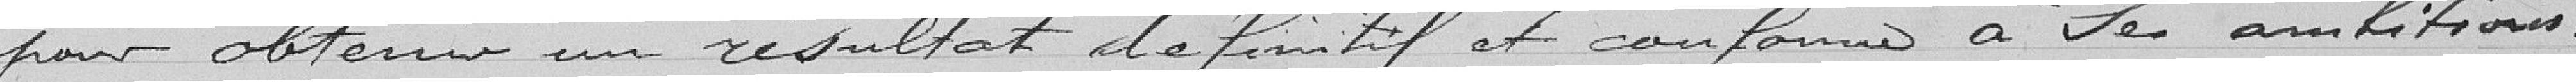
pour obtenir un résultat définitif et conforme à ses ambitions.